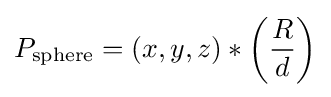
P_{\mathrm {sphere} }=(x,y,z)*\left({\frac {R}{d}}\right)